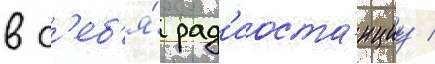
в с'еб'я́ рад'иоста́нциу /